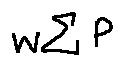
w \sum P